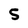
Character: 5